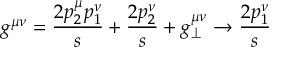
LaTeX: g ^ { \mu \nu } = \frac { 2 p _ { 2 } ^ { \mu } p _ { 1 } ^ { \nu } } { s } + \frac { 2 p _ { 2 } ^ { \nu } } { s } + g _ { \perp } ^ { \mu \nu } \rightarrow \frac { 2 p _ { 1 } ^ { \nu } } { s } ~